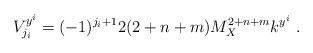
LaTeX: \begin{align*}V^{y^i}_{j_i}= (-1)^{j_i+1} 2 (2+n+m) M_X^{2+n+m} k^{y^i} ~.~\,\end{align*}